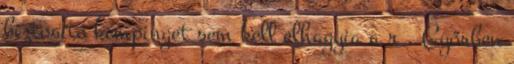
biztosító kempinget sem kell elhagyia a r . Győrben